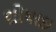
શોષાઇ